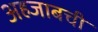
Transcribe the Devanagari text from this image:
अहजाबची